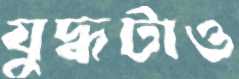
যুদ্ধটাও